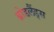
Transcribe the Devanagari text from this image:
ब्रोडलैंड्स